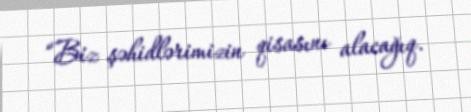
“Biz şəhidlərimizin qisasını alacağıq.